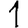
Digit: 1